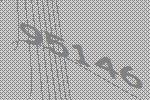
95146